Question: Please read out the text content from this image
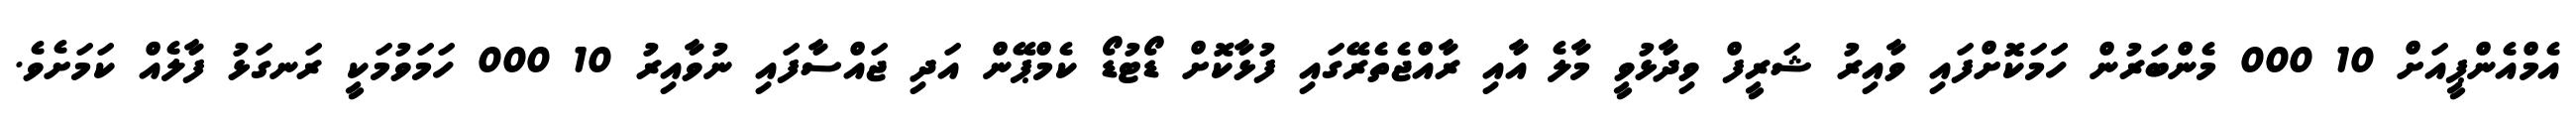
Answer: އެމްއެންޕީއަށް 10 000 މެންބަރުން ހަަމަކޮށްފައި ވާއިރު ޝަރީފް ވިދާޅުވީ މާލެ އާއި ރާއްޖެތެރޭގައި ފުޅާކޮށް ޑޯޓުޑޯ ކެމްޕޭން އަދި ޖައްސާފައި ނުވާއިރު 10 000 ހަމަވުމަކީ ރަނގަޅު ފާލެއް ކަމަށެވެ.